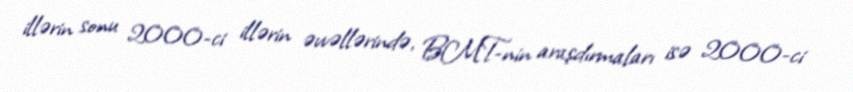
illərin sonu 2000-ci illərin əvvəllərində, BMT-nin araşdırmaları isə 2000-ci